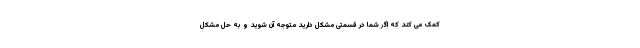
کمک می کند که اگر شما در قسمتی مشکل دارید متوجه آن شوید و به حل مشکل